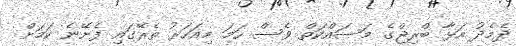
ދެމެދު އަޅާ ބްރިޖްގެ މަސައްކަތް ވެސް ހަމަ މިއަހަރު ތެރޭގައި ފެށޭނެ ކަމަށް